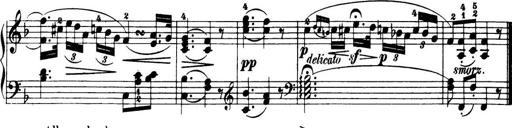
Title: 32 Sonatinas and Rondos for the Piano
Composer: Richard Kleinmichel